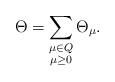
LaTeX: \begin{align*} \Theta = \sum_{\substack{\mu\in Q\\ \mu \geq 0}} \Theta_\mu.\end{align*}